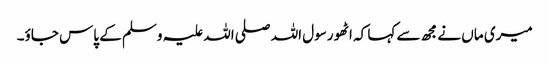
میری ماں نے مجھ سے کہا کہ اٹھو رسول اللہ صلی اللہ علیہ وسلم کے پاس جاؤ۔